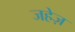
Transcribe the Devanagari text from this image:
जहेज़